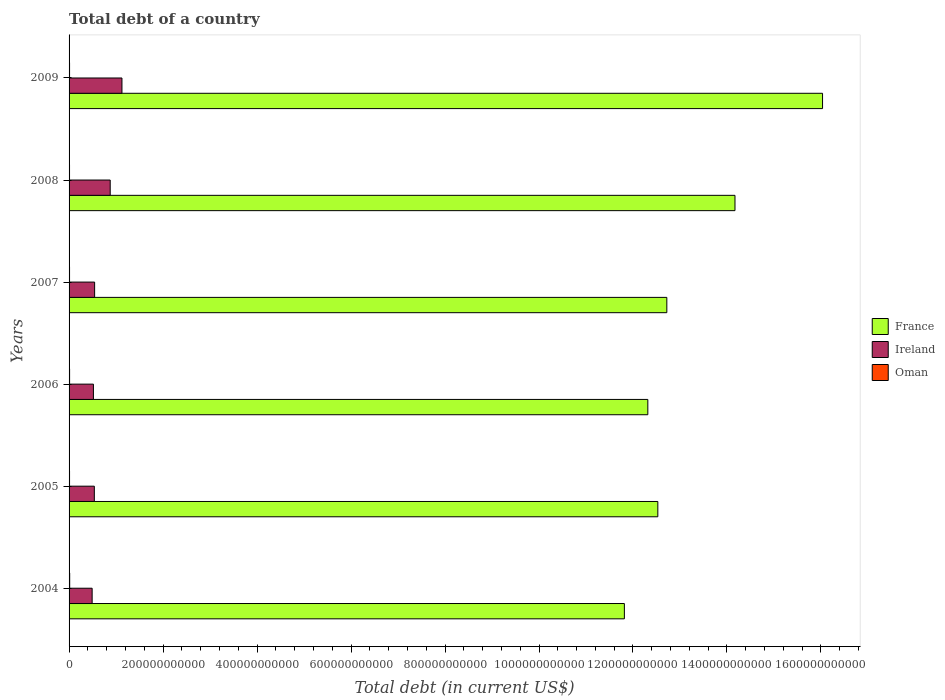
| Years | France | Ireland | Oman |
 | --- | --- | --- | --- |
 | 2004 | 1.18e+12 | 4.91e+10 | 1.32e+09 |
 | 2005 | 1.25e+12 | 5.38e+10 | 1.02e+09 |
 | 2006 | 1.23e+12 | 5.18e+10 | 1.13e+09 |
 | 2007 | 1.27e+12 | 5.44e+10 | 1e+09 |
 | 2008 | 1.42e+12 | 8.75e+10 | 9.65e+08 |
 | 2009 | 1.6e+12 | 1.13e+11 | 1.04e+09 |